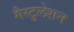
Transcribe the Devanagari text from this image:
गैस्टुलेशन